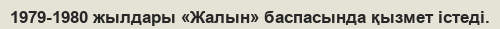
1979-1980 жылдары «Жалын» баспасында қызмет істеді.